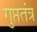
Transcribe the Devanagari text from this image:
गुप्ततंत्र